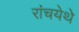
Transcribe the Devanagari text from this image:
रांचयेथे